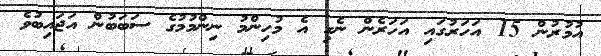
އުމުރުން 15 އަހަރުގައި އަހަރެން ނެގި އެ މުހިންމު ނިންމުމުގެ ސަބަބުން އަޖައިބުވެ